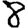
Digit: 8